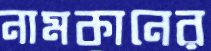
নামকানের